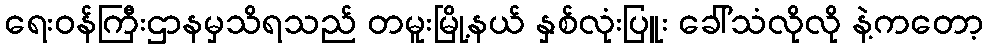
ရေးဝန်ကြီးဌာနမှသိရသည် တမူးမြို့နယ် နှစ်လုံးပြူး ခေါ်သံလိုလို နဲ့ကတော့